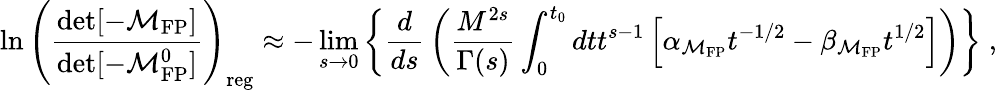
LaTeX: \ln\left({\frac{\operatorname*{det}[-{\cal M}_{\mathrm{FP}}]}{\operatorname*{det}[-{\cal M}_{\mathrm{FP}}^{0}]}}\right)_{\mathrm{reg}}\approx-\operatorname*{lim}_{s\to 0}\left\{ {\frac{d}{ds}}\left({\frac{M^{2s}}{\Gamma(s)}}\int_{0}^{t_{0}}dtt^{s-1}\left[\alpha_{{\cal M}_{\mathrm{FP}}}t^{-1/2}-\beta_{{\cal M}_{\mathrm{FP}}}t^{1/2}\right]\right)\right\} \; ,